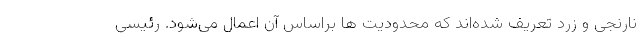
نارنجی و زرد تعریف شده‌اند که محدودیت ها براساس آن اعمال می‌شود. رئیسی